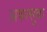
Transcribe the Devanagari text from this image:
अकत्सुक